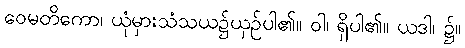
ဝေမတိကော၊ ယုံမှားသံသယ၌ယှဉ်ပါ၏။ ဝါ၊ ရှိပါ၏။ ယဒါ၊ ၌။